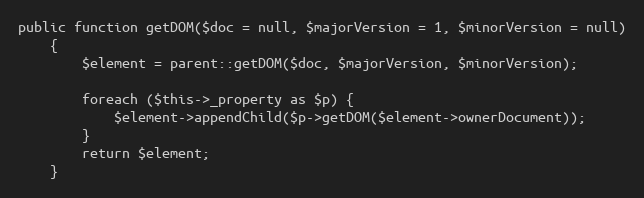
Language: PHP
public function getDOM($doc = null, $majorVersion = 1, $minorVersion = null)
    {
        $element = parent::getDOM($doc, $majorVersion, $minorVersion);

        foreach ($this->_property as $p) {
            $element->appendChild($p->getDOM($element->ownerDocument));
        }
        return $element;
    }